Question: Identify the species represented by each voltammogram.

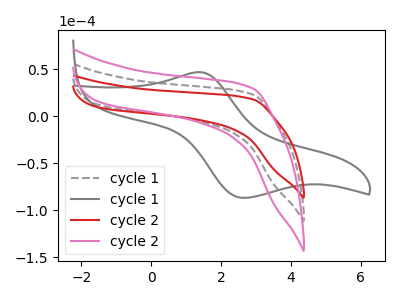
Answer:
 <answer>The gray dashed curve is labeled "cycle 1". The gray curve is labeled "cycle 1". The red curve is labeled "cycle 2". The pink curve is labeled "cycle 2".</answer>
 <eval></eval>